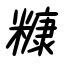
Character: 糠